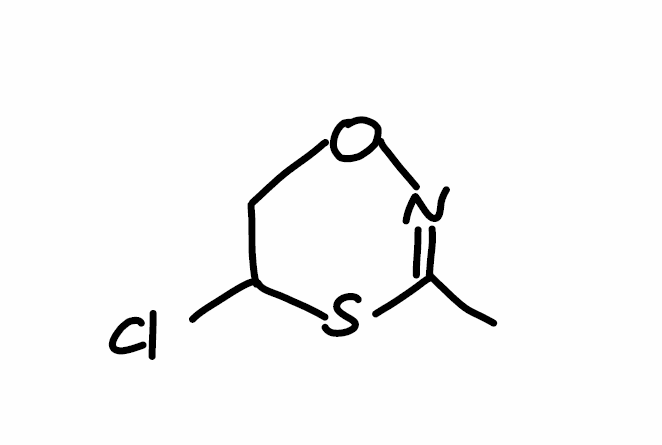
Simplified molecular-input line-entry system (SMILES) notation of the given molecule:
CC1=NOCC(S1)Cl